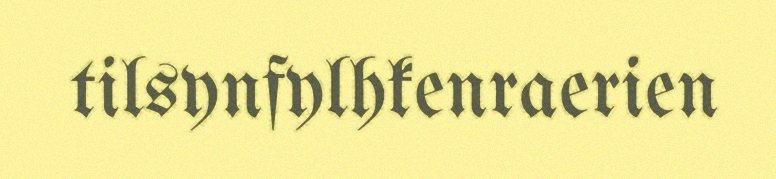
tilsynfylhkenraerien